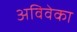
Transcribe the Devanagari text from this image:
अविवेका